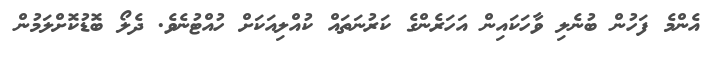
އެންމެ ފަހުން ބުނެލި ވާހަކައިން އަހަރެންގެ ކަރުނަތައް ކުއްލިއަކަށް ހުއްޓުނެވެ. ދެލޯ ބޮޑުކޮށްލަމުން